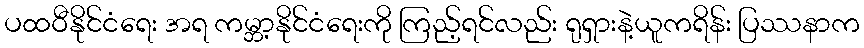
ပထဝီနိုင်ငံရေး အရ ကမ္ဘာ့နိုင်ငံရေးကို ကြည့်ရင်လည်း ရုရှားနဲ့ယူကရိန်း ပြဿနာက